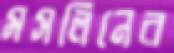
মসলিনের